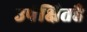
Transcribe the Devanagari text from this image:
उपेक्षितहै